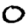
Digit: 0